Annual returns of the Patna Lunatic Asylum at Bankipore in Bihar and Orissa - 1912-1924
Year: 1912
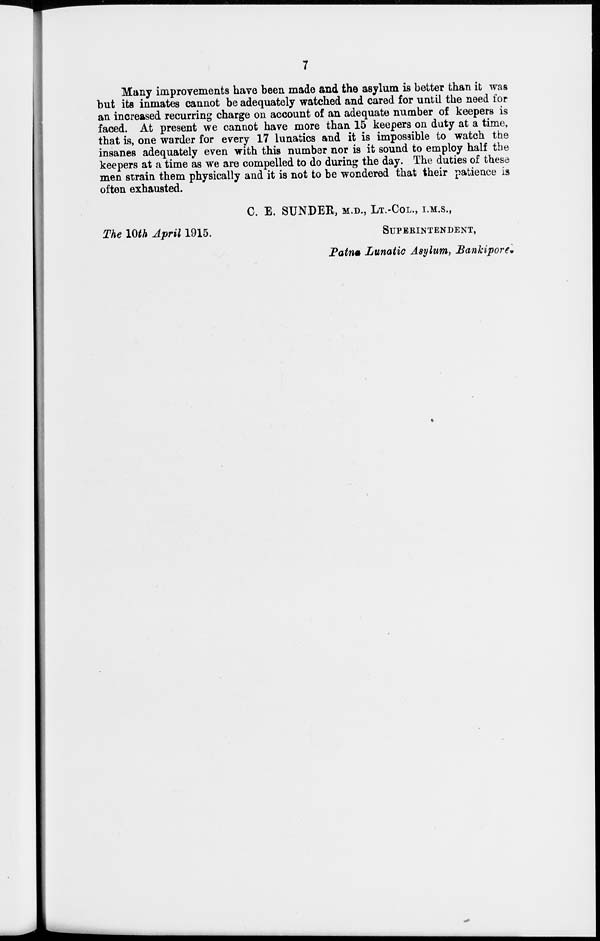
7
Many improvements have been made and the asylum is better than it was
but its inmates cannot be adequately watched and cared for until the need for
an increased recurring charge on account of an adequate number of keepers is
faced. At present we cannot have more than 15 keepers on duty at a time,
that is, one warder for every 17 lunatics and it is impossible to watch the
insanes adequately even with this number nor is it sound to employ half the
keepers at a time as we are compelled to do during the day. The duties of these
men strain them physically and it is not to be wondered that their patience is
often exhausted.
C. B. SUNDER, M.D., LT.-COL., I.M.S.,
The 10th April 1915.
SUPERINTENDENT,
Patna Lunatic Asylum, Bankipore.